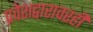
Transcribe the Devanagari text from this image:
प्रवेशद्वारावरही